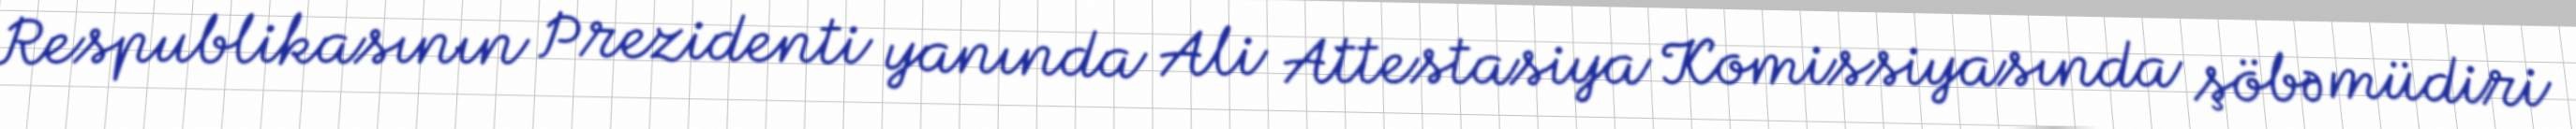
Respublikasının Prezidenti yanında Ali Attestasiya Komissiyasında şöbə müdiri